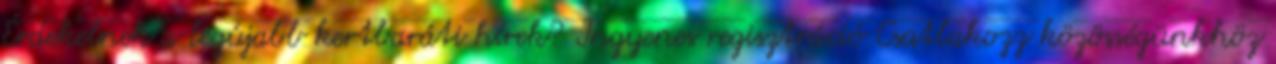
Érdekelnek a legújabb kertbaráti hírek? Ingyenes regisztráció Csatlakozz közösségünkhöz